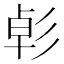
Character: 𢒛